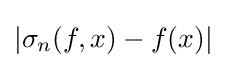
|\sigma _{n}(f,x)-f(x)|